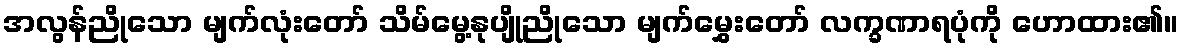
အလွန်ညိုသော မျက်လုံးတော် သိမ်မွေ့နုပျိုညိုသော မျက်မွှေးတော် လက္ခဏာရပုံကို ဟောထား၏။